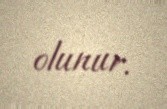
olunur.